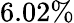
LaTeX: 6.02\%